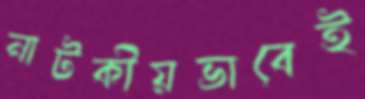
নাটকীয়ভাবেই